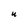
Character: u